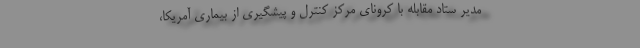
مدیر ستاد مقابله با کرونای مرکز کنترل و پیشگیری از بیماری آمریکا،